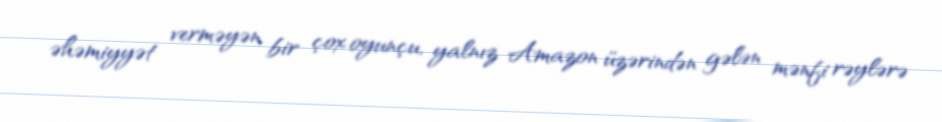
əhəmiyyət verməyən bir çox oyunçu, yalnız Amazon üzərindən gələn mənfi rəylərə